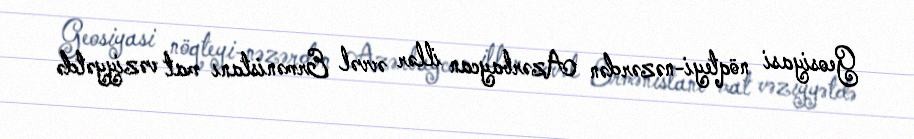
Geosiyasi nöqteyi-nəzərdən Azərbaycan illər əvvəl Ermənistanı mat vəziyyətdə